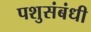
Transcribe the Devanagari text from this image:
पशुसंबंधी